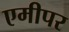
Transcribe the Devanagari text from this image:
एमीपर